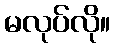
မလုပ်လို။